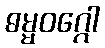
ဓမ္မဝဂ္ဂေါ